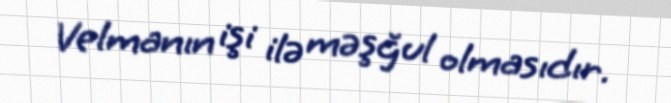
Velmanın işi ilə məşğul olmasıdır.